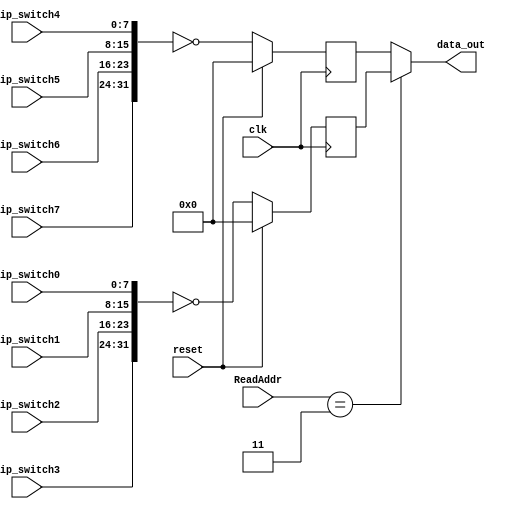
`timescale 1ns / 1ns
//////////////////////////////////////////////////////////////////////////////////
// Company: 
// Engineer: 
// 
// Design Name: 
// Module Name:    switch 
// Project Name: 
// Target Devices: 
// Tool versions: 
// Description: 
//
// Dependencies: 
//
// Revision: 
// Revision 0.01 - File Created
// Additional Comments: 
//
//////////////////////////////////////////////////////////////////////////////////
module switch(
	 input clk,
	 input reset,
	 input [4:2] ReadAddr,///
	 input [7:0] dip_switch0,
	 input [7:0] dip_switch1,
	 input [7:0] dip_switch2,
	 input [7:0] dip_switch3,
	 input [7:0] dip_switch4,
	 input [7:0] dip_switch5,
	 input [7:0] dip_switch6,
	 input [7:0] dip_switch7,
	 output [31:0] data_out
    );
	 reg [31:0] ds1,ds2;
	 assign data_out=(ReadAddr==3'b011)?ds1:ds2;
	 always @(posedge clk) begin
		 if(reset) begin
			 ds1<=32'h00000000;
			 ds2<=32'h00000000;
		 end
		 else begin
			 ds1<=~{dip_switch3,dip_switch2,dip_switch1,dip_switch0};//
			 ds2<=~{dip_switch7,dip_switch6,dip_switch5,dip_switch4};//
		 end
	 end


endmodule